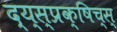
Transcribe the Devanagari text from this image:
द्य्स्प्रक्षिच्स्